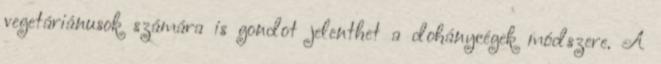
vegetáriánusok számára is gondot jelenthet a dohánycégek módszere. A